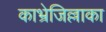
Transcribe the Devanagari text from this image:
काभ्रेजिल्लाका